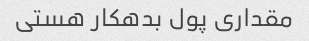
مقداری پول بدهکار هستی